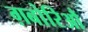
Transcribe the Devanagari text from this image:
ग़बोरिऔ